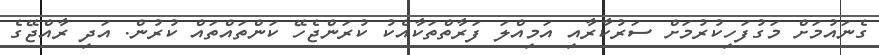
ގެނައުމަށް މަގުފަހިކުރުމަށް ސަރުކާރާއި އަމިއްލަ ފަރާތްތަކާއެކު ކުރަންޖެހޭ ކަންތައްތައް ކުރުން. އަދި ރާއްޖޭގެ